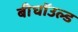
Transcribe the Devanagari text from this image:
बीघॉउल्ड